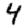
Digit: 4